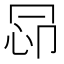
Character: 𢘖